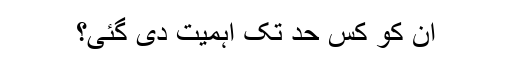
ان کو کس حد تک اہمیت دی گئی؟